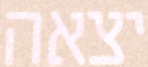
יצאה